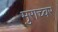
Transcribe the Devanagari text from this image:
मुराच्वर